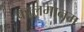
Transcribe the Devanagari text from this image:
कालमानम्